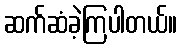
ဆက်ဆံခဲ့ကြပါတယ်။